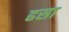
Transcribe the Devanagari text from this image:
ढसा